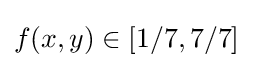
{\textstyle f(x,y)\in [1/7,7/7]}